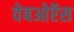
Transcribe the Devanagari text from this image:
वेबओऍस